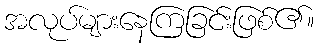
အလုပ်များနေကြခြင်းဖြစ်၏။